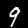
Label: 9